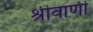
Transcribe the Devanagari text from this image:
श्रीवाणी